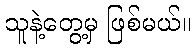
သူနဲ့တွေ့မှ ဖြစ်မယ်။